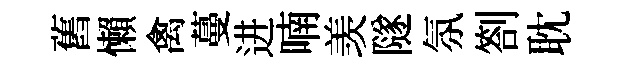
舊懶禽蔓进喃羡隧氛劄耽